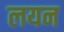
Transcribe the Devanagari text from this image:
लयन